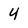
Character: 4